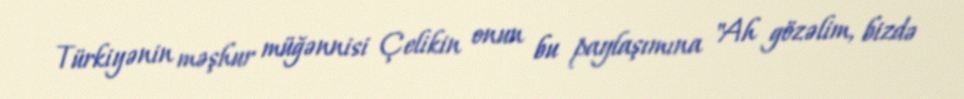
Türkiyənin məşhur müğənnisi Çelikin onun bu paylaşımına "Ah gözəlim, bizdə